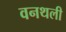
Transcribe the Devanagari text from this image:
वनथली